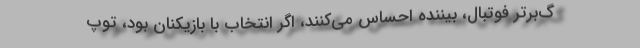
گ‌برتر فوتبال، بیننده احساس می‌کنند، اگر انتخاب با بازیکنان بود، توپ